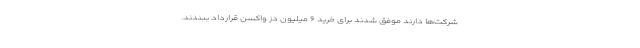
شرکت‌ها دارند موفق شدند برای خرید ۶ میلیون دز واکسن قرارداد ببندند.